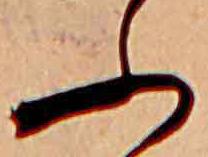
ふ